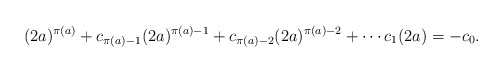
\begin{align*}(2a)^{\pi(a)} + c_{\pi(a) - 1}(2a)^{\pi(a) - 1} + c_{\pi(a) - 2}(2a)^{\pi(a) - 2} + \cdots c_1(2a) = -c_0.\end{align*}